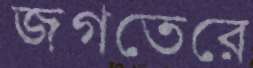
জগতেরে